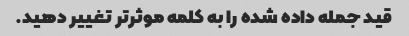
قید جمله داده شده را به کلمه موثرتر تغییر دهید.